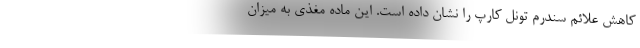
کاهش علائم سندرم تونل کارپ را نشان داده است. این ماده مغذی به میزان